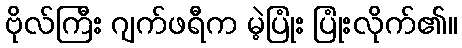
ဗိုလ်ကြီး ဂျက်ဖရီက မဲ့ပြုံး ပြုံးလိုက်၏။